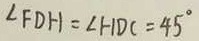
\angle F D H = \angle H D C = 4 5 ^ { \circ }